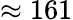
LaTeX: \approx 161